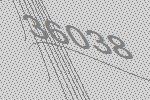
36038